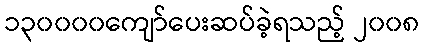
၁၃၀၀၀၀ကျော်ပေးဆပ်ခဲ့ရသည့် ၂၀၀၈